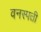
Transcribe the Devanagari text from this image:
वनस्‍पती